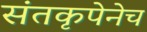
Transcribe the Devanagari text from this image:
संतकृपेनेच